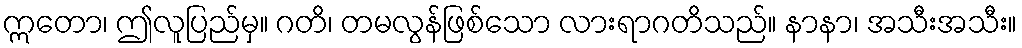
ဣတော၊ ဤလူပြည်မှ။ ဂတိ၊ တမလွန်ဖြစ်သော လားရာဂတိသည်။ နာနာ၊ အသီးအသီး။